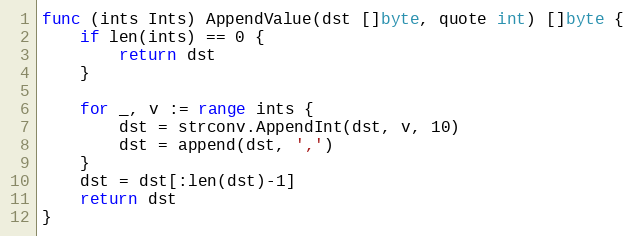
Language: Go
func (ints Ints) AppendValue(dst []byte, quote int) []byte {
	if len(ints) == 0 {
		return dst
	}

	for _, v := range ints {
		dst = strconv.AppendInt(dst, v, 10)
		dst = append(dst, ',')
	}
	dst = dst[:len(dst)-1]
	return dst
}